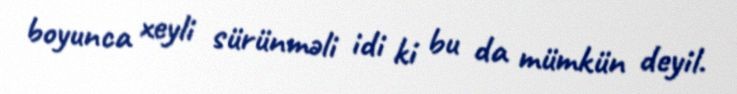
boyunca xeyli sürünməli idi ki bu da mümkün deyil.